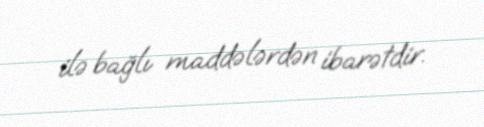
ilə bağlı maddələrdən ibarətdir.